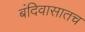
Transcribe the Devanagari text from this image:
बंदिवासातच